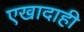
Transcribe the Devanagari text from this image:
एखादाही